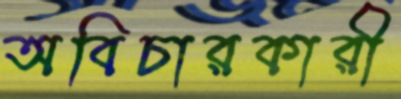
অবিচারকারী